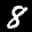
Label: 8